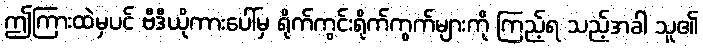
ဤကြားထဲမှပင် ဗီဒီယိုကားပေါ်မှ ရိုက်ကွင်းရိုက်ကွက်များကို ကြည့်ရ သည့်အခါ သူ၏